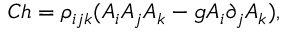
C h = \rho _ { i j k } ( A _ { i } A _ { j } A _ { k } - g A _ { i } \partial _ { j } A _ { k } ) ,